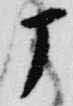
丁